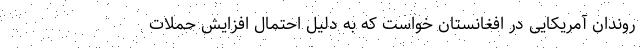
روندان آمریکایی در افغانستان خواست که به دلیل احتمال افزایش حملات